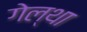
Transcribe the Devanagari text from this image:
गेल्था